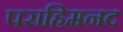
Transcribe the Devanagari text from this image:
पराहिमनद